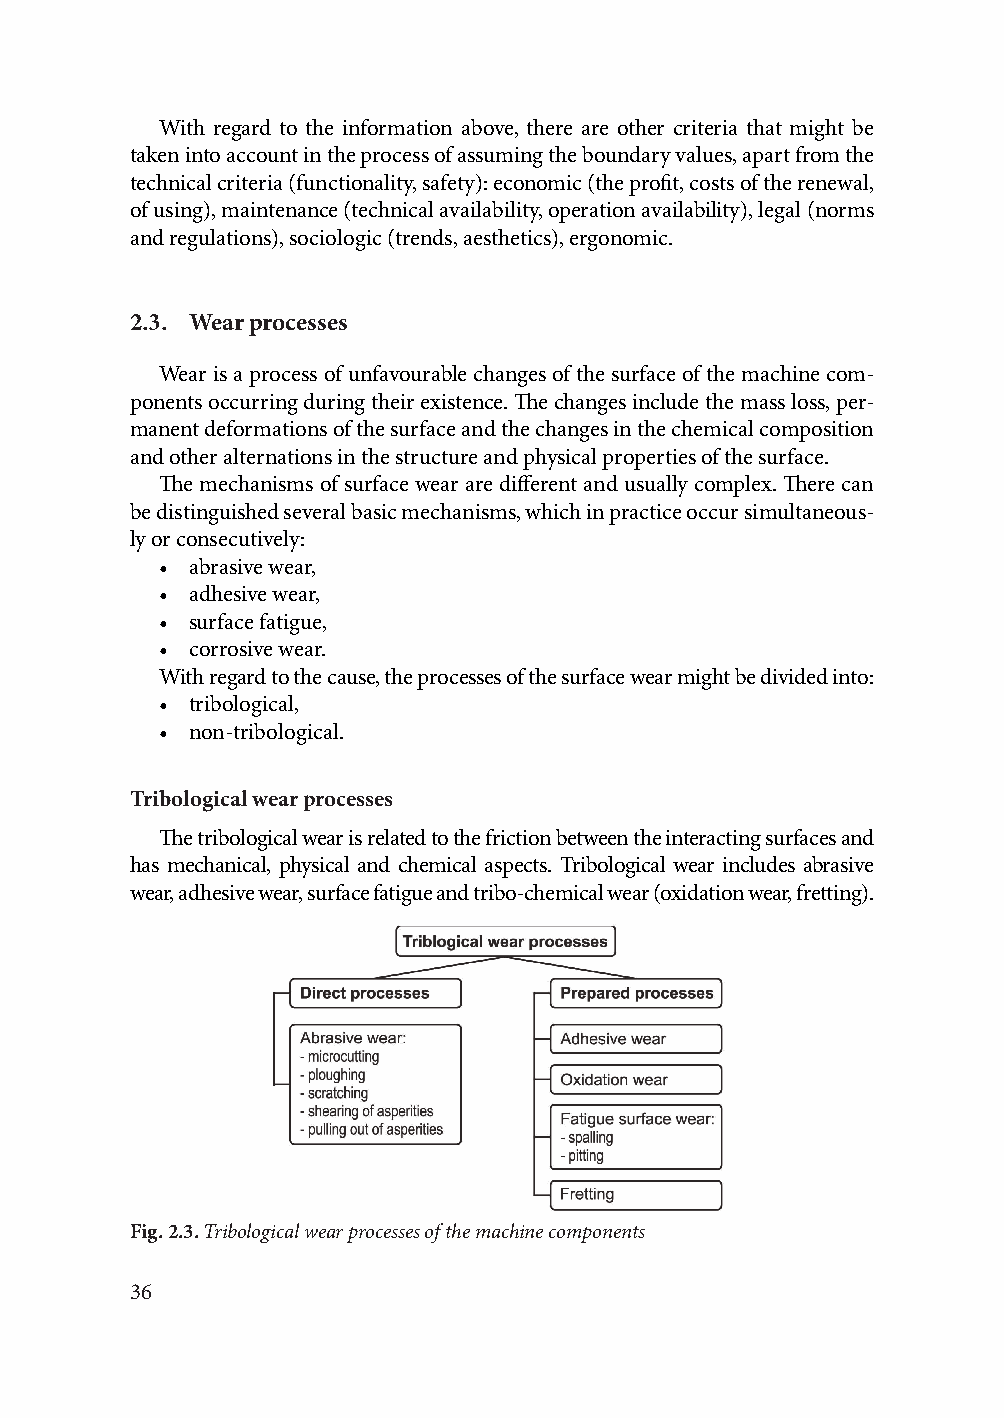
With regard to the information above, there are other criteria that might be
 taken into account in the process of assuming the boundary values, apart from the
 technical criteria (functionality, safety): economic (the profit, costs of the renewal,
 of using), maintenance (technical availability, operation availability), legal (norms
 and regulations), sociologic (trends, aesthetics), ergonomic.
 2.3. Wear processes
 Wear is a process of unfavourable changes of the surface of the machine com-
 ponents occurring during their existence. The changes include the mass loss, per-
 manent deformations of the surface and the changes in the chemical composition
 and other alternations in the structure and physical properties of the surface.
 The mechanisms of surface wear are different and usually complex. There can
 be distinguished several basic mechanisms, which in practice occur simultaneous-
 ly or consecutively:
 • abrasive wear,
 • adhesive wear,
 • surface fatigue,
 • corrosive wear.
 With regard to the cause, the processes of the surface wear might be divided into:
 • tribological,
 • non-tribological.
 Tribological wear processes
 The tribological wear is related to the friction between the interacting surfaces and
 has mechanical, physical and chemical aspects. Tribological wear includes abrasive
 wear, adhesive wear, surface fatigue and tribo-chemical wear (oxidation wear, fretting).
 Fig. 2.3. Tribological wear processes of the machine components
 36